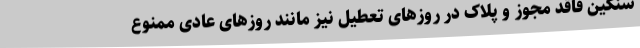
سنگین فاقد مجوز و پلاک در روزهای تعطیل نیز مانند روزهای عادی ممنوع